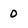
Character: 0